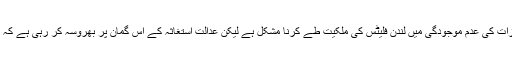
جج صاحب اپنے فیصلے میں لکھتے ہیں ’’ متعلقہ دستاویزات کی عدم موجودگی میں لندن فلیٹس کی ملکیت طے کرنا مشکل ہے لیکن عدالت اِستغاثہ کے اِس گمان پر بھروسہ کر رہی ہے کہ مذکورہ جائیداد کے حقیقی مالک میاں نوازشریف ہی ہیں‘‘۔